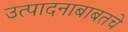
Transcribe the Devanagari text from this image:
उत्पादनाबाबतचे